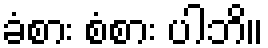
ခံစား စံစား ပါဘိ။